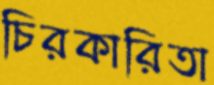
চিরকারিতা